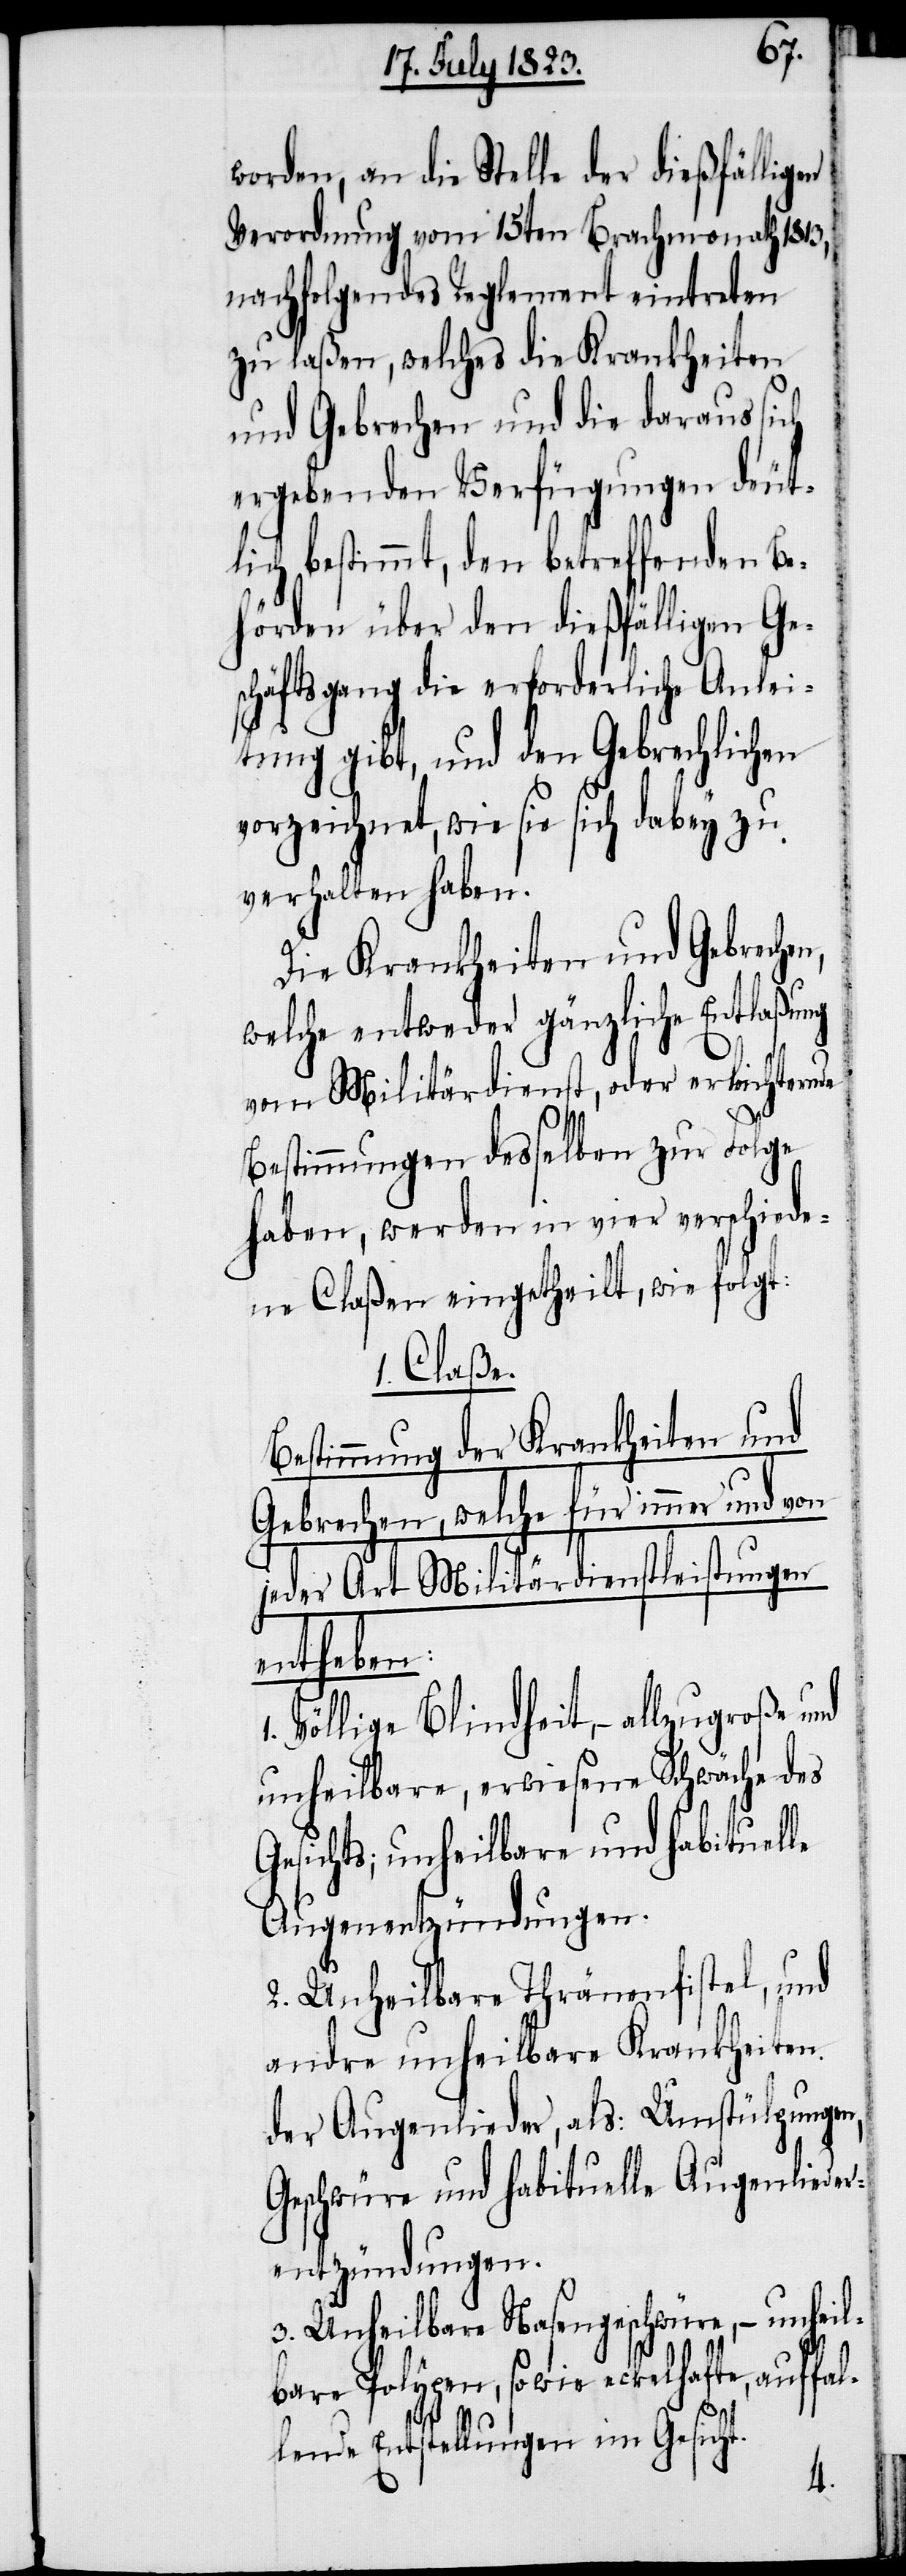
worden, an die Stelle der dießfälligen
Verordnung vom 15ten Brachmonath 1813,
nachfolgendes Reglement eintreten
zu laßen, welches die Krankheiten
und Gebrechen und die daraus sich
ergebenden Verfügungen deut¬
lich bestimmt, den betreffenden Be¬
hörden über den dießfälligen Ge¬
schäftsgang die erforderliche Anlei¬
tung gibt, und den Gebrechlichen
vorzeichnet, wie sie sich dabey zu
verhalten haben.
Die Krankheiten und Gebrechen,
welche entweder gänzliche Entlaßung
von Militärdienst, oder erleichternde
Bestimmungen desselben zur Folge
haben, werden in vier verschiede¬
ne Claßen eingetheilt, wie folgt:
1. Claße.
Bestimmung der Krankheiten und
Gebrechen, welche für immer und von
jeder Art Militärdienstleistungen
entheben:
Völlige Blindheit, − allzugroße und
unheilbare, erwiesene Schwäche des
Gesichts; unheilbare und habituelle
Augenentzündungen.
2. Unheilbare Thränenfistel, und
andre unheilbare Krankheiten
der Augenlieder, als: Umstülpungen,
Geschwüre und habituelle Augenlieder¬
entzündungen.
3. Unheilbare Nasengeschwüre, − unheil¬
bare Polypen, sowie eckelhafte, auffa¬
l¬
lende Entstellungen im Gesicht.